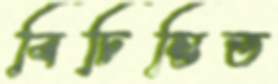
বিচিন্তিত